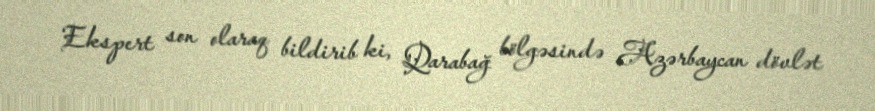
Ekspert son olaraq bildirib ki, Qarabağ bölgəsində Azərbaycan dövlət